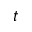
t